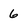
Character: 6